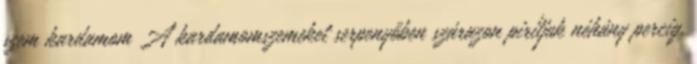
szem kardamom A kardamomszemeket serpenyőben szárazon pirítjuk néhány percig.